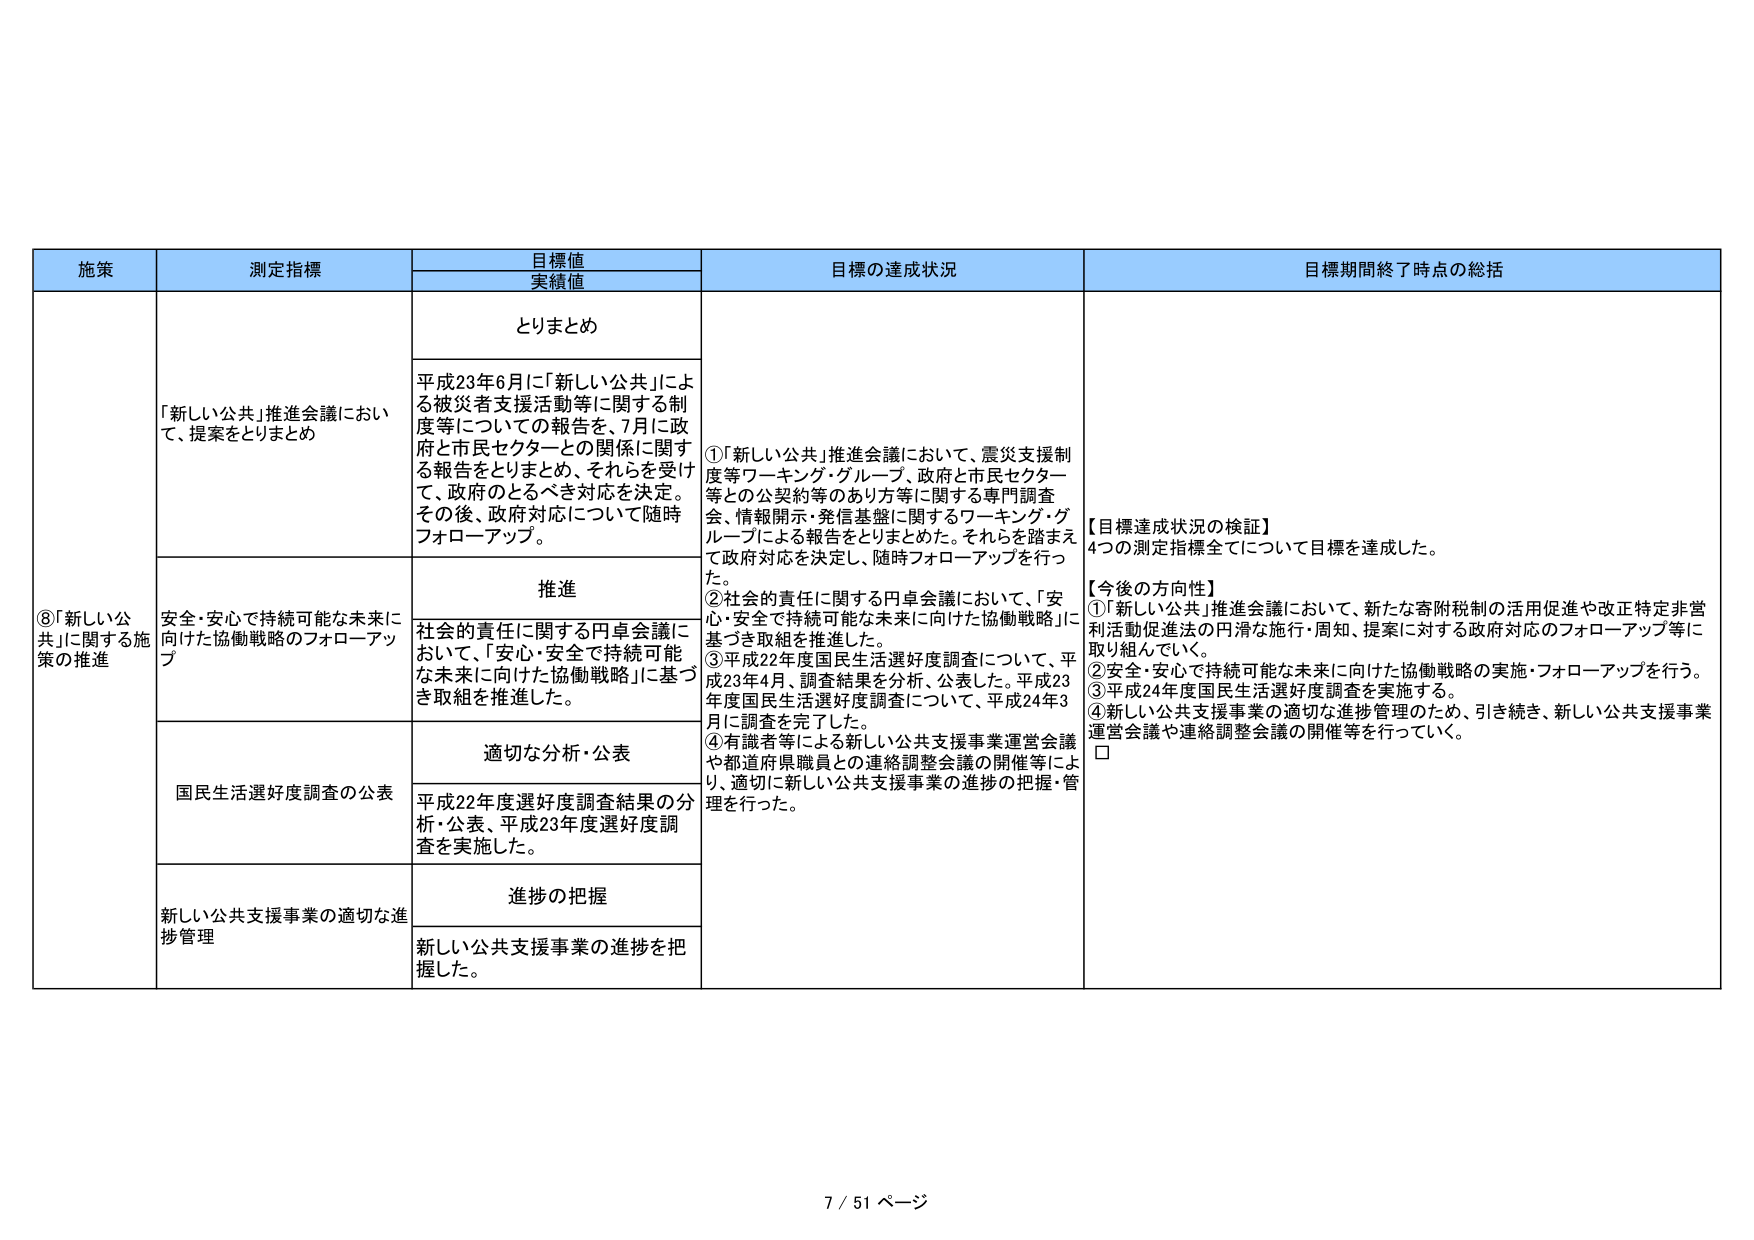
施策
測定指標
目標値
実績値
目標の達成状況
目標期間終了時点の総括

⑧「新しい公共」に関する施策の推進
「新しい公共」推進会議において、提案をとりまとめ
とりまとめ
平成23年6月に「新しい公共」による被災者支援活動等に関する制度等についての報告を、7月に政府と市民セクターとの関係に関する報告をとりまとめ、それを受け、政府のとるべき対応を決定。その後、政府対応について随時フォローアップ。
①「新しい公共」推進会議において、震災支援制度等ワーキング・グループ、政府と市民セクター等との公契約等のあり方等に関する専門調査会、情報開示・発信基盤に関するワーキング・グループによる報告をとりまとめた。それらを踏まえて政府対応を決定し、随時フォローアップを行った。
②社会的責任に関する円卓会議において、「安心・安全で持続可能な未来に向けた協働戦略」に基づき取組を推進した。
③平成22年度国民生活選好度調査について、平成23年4月、調査結果を分析、公表した。平成23年度国民生活選好度調査について、平成24年3月に調査を完了した。
④有識者等による新しい公共支援事業運営会議や都道府県職員との連絡調整会議の開催等により、適切に新しい公共支援事業の進捗の把握・管理を行った。
【目標達成状況の検証】
4つの測定指標全てについて目標を達成した。
【今後の方針性】
①「新しい公共」推進会議において、新たな寄附税制の活用促進や改正特定非営利活動促進法の円滑な施行・周知、提案に対する政府対応のフォローアップ等に取り組んでいく。
②安全・安心で持続可能な未来に向けた協働戦略の実施・フォローアップを行う。
③平成24年度国民生活選好度調査を実施する。
④新しい公共支援事業の適切な進捗管理のため、引き続き、新しい公共支援事業運営会議や連絡調整会議の開催等を行っていく。
□

安全・安心で持続可能な未来に向けた協働戦略のフォローアップ
推進
社会的責任に関する円卓会議において、「安心・安全で持続可能な未来に向けた協働戦略」に基づき取組を推進した。

国民生活選好度調査の公表
適切な分析・公表
平成22年度選好度調査結果の分析・公表、平成23年度選好度調査を実施した。

新しい公共支援事業の適切な進捗管理
進捗の把握
新しい公共支援事業の進捗を把握した。

7 / 51 ページ